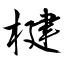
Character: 楗